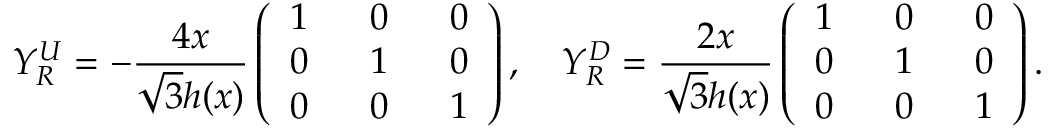
Y _ { R } ^ { U } = - \frac { 4 x } { \sqrt { 3 } h ( x ) } \left( \begin{array} { c c c } { { 1 \, \, } } & { { \, \, 0 \, \, } } & { { \, \, 0 } } \\ { { 0 \, \, } } & { { \, \, 1 \, \, } } & { { \, \, 0 } } \\ { { 0 \, \, } } & { { \, \, 0 \, \, } } & { { \, \, 1 } } \end{array} \right) , \quad Y _ { R } ^ { D } = \frac { 2 x } { \sqrt { 3 } h ( x ) } \left( \begin{array} { c c c } { { 1 \, \, } } & { { \, \, 0 \, \, } } & { { \, \, 0 } } \\ { { 0 \, \, } } & { { \, \, 1 \, \, } } & { { \, \, 0 } } \\ { { 0 \, \, } } & { { \, \, 0 \, \, } } & { { \, \, 1 } } \end{array} \right) .